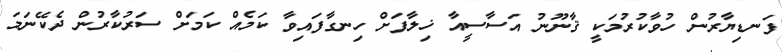
ފަނޑިޔާރުން ހުވާކުރުމަކީ ޤާނޫނު އަސާސީއާ ޚިލާފަށް ހިނގާފައިވާ ކަމެއް ކަމަށް ސަރުކާރުން ދެކޭނަމަ